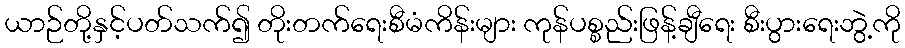
ယာဉ်တို့နှင့်ပတ်သက်၍ တိုးတက်ရေးစီမံကိန်းများ ကုန်ပစ္စည်းဖြန့်ချီရေး စီးပွားရေးဘွဲ့ကို